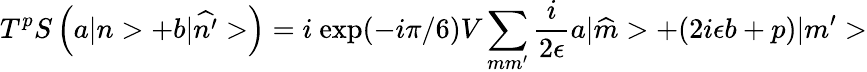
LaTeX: T^{p}S\left(a|n>+b|\widehat{n^{\prime}}>\right)=i\ \mathrm{exp}(-i\pi/6)V\sum_{mm^{\prime}}\frac{i}{2\epsilon}a|\widehat{m}>+(2i\epsilon b+p)|m^{\prime}>